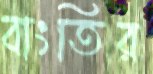
বাংতির